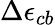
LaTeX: \Delta\epsilon_{cb}